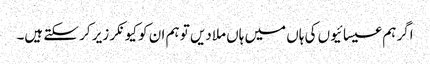
اگر ہم عیسائیوں کی ہاں میں ہاں ملادیں تو ہم ان کو کیونکر زیر کر سکتے ہیں۔